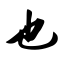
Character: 也